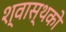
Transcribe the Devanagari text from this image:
श्वास्थको